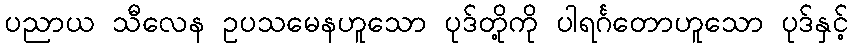
ပညာယ သီလေန ဥပသမေနဟူသော ပုဒ်တို့ကို ပါရင်္ဂတောဟူသော ပုဒ်နှင့်